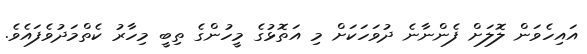
އައިހެވަން ލޮލަށް ފެންނާނެ ދުވަހަކަށް މި އަތޮޅުގެ މީހުންގެ ތިބީ މިހާރު ކެތްމަދުވެފައެވެ.